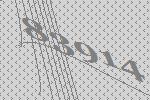
83914